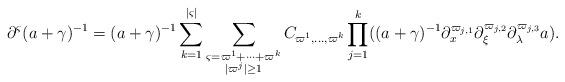
LaTeX: \begin{align*} \partial^{\varsigma} (a+\gamma)^{-1}=(a+\gamma)^{-1}\sum_{k=1}^{|{\varsigma}|}\sum_{\substack{{\varsigma}={\varpi}^1+\dots +{\varpi}^k\\|{\varpi}^j|\geq 1}}C_{{\varpi}^1,\dots,{\varpi}^k}\prod_{j=1}^k((a+\gamma)^{-1}\partial_x^{{\varpi}_{j,1}}\partial_\xi^{{\varpi}_{j,2}}\partial_\lambda^{{\varpi}_{j,3}}a).\end{align*}